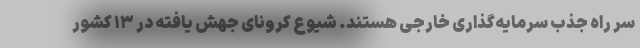
سر راه جذب سرمایه‌گذاری خارجی هستند. شیوع کرونای جهش یافته در ۱۳ کشور